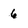
Character: 6